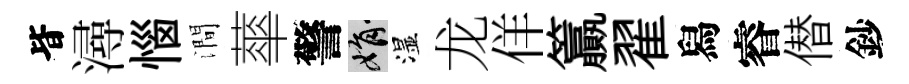
𣅜潯惱澗蕐警娟湿龙佯籯翟舄睿僣鈔